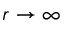
r \rightarrow \infty